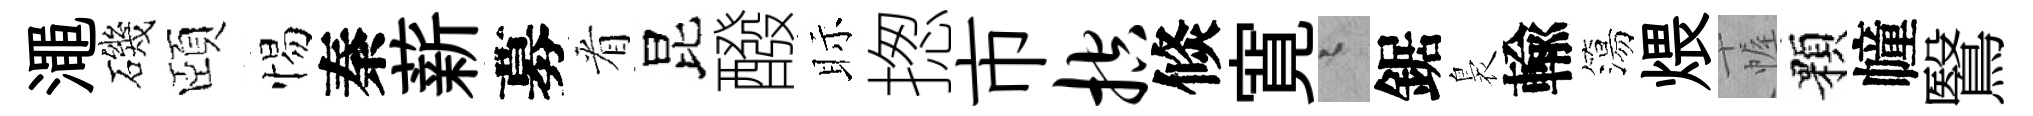
澠磯頤惕秦薪募㸔昆醱眎揔市控倐寛迢鋸裊輸簜煨幄顆幢鷖